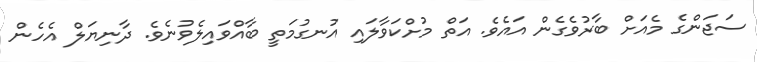
ސަޖަންގެ މެއަށް ބާރުވެގެން އައެވެ. އަތް މުށްކަވާލައި އުނގުމަތީ ބާއްވައިލެވުނެވެ. ދާނިޔަލް އެހެން